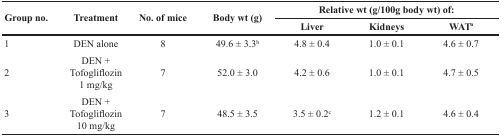
| <ROWSPAN=2> Group no. | <ROWSPAN=2> Treatment | <ROWSPAN=2> No. of mice | <ROWSPAN=2> Body wt (g) | <COLSPAN=3> Relative wt (g/100g body wt) of: |
 | Liver | Kidneys | WATa |
 | --- | --- | --- | --- | --- | --- | --- |
 | 1 | DEN alone | 8 | 49.6 ± 3.3b | 4.8 ± 0.4 | 1.0 ± 0.1 | 4.6 ± 0.7 |
 | 2 | DEN + Tofogliflozin 1 mg/kg | 7 | 52.0 ± 3.0 | 4.2 ± 0.6 | 1.0 ± 0.1 | 4.7 ± 0.5 |
 | 3 | DEN + Tofogliflozin 10 mg/kg | 7 | 48.5 ± 3.5 | 3.5 ± 0.2c | 1.2 ± 0.1 | 4.6 ± 0.4 |